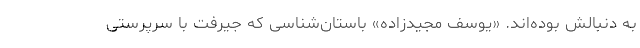
به دنبالش بوده‌اند. «یوسف مجیدزاده» باستان‌شناسی که جیرفت با سرپرستی